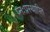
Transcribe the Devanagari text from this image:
प्नःप्रस्थापित